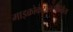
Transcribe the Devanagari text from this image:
माइक्रोकंट्रोलर्सकरीता